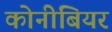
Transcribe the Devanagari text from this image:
कोनीबियर